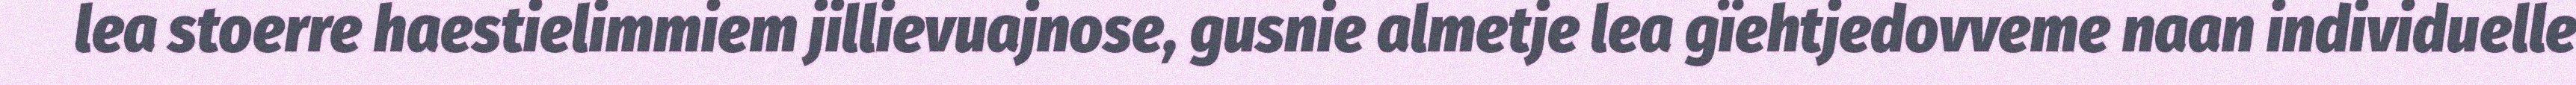
lea stoerre haestielimmiem jillievuajnose, gusnie almetje lea gïehtjedovveme naan individuelle